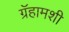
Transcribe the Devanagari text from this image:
ग्रॅहामशी